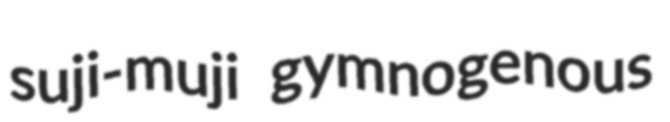
suji-muji gymnogenous